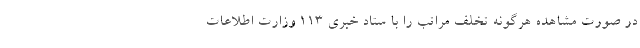
در صورت مشاهده هرگونه تخلف مراتب را با ستاد خبری ۱۱۳ وزارت اطلاعات